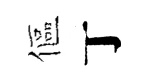
傴丁